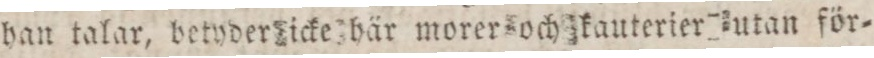
han talar, betyder icke här morer och kauterier utan för=